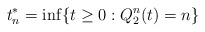
\begin{align*}t_n^* = \inf\{t \ge 0 : Q^n_2(t) = n\}\end{align*}